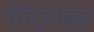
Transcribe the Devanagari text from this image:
स्फेरूलाइट